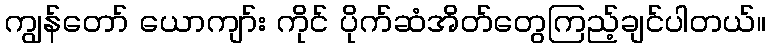
ကျွန်တော် ယောကျာ်း ကိုင် ပိုက်ဆံအိတ်တွေကြည့်ချင်ပါတယ်။